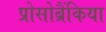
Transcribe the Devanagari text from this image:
प्रोसोब्रैंकिया